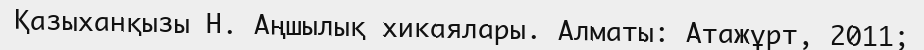
Қазыханқызы Н. Аңшылық хикаялары. Алматы: Атажұрт, 2011;